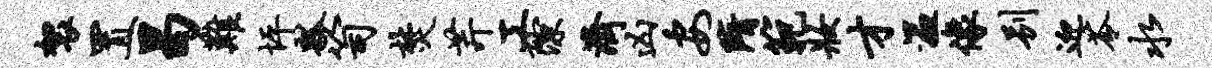
袈置曷难坪瓢笥焚芹工隙济凶安隋范妆才温像别迎苓水